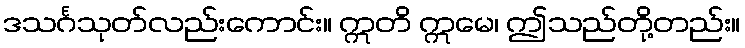
ဒသင်္ဂသုတ်လည်းကောင်း။ ဣတိ ဣမေ၊ ဤသည်တို့တည်း။